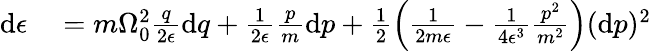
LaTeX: \begin{array}{rl}{\mathrm{d}\epsilon}&{{}=m\Omega_{0}^{2}\frac{q}{2\epsilon}\mathrm{d}q+\frac{1}{2\epsilon}\frac{p}{m}\mathrm{d}p+\frac{1}{2}\left(\frac{1}{2m\epsilon}-\frac{1}{4\epsilon^{3}}\frac{p^{2}}{m^{2}}\right)(\mathrm{d}p)^{2}}\end{array}